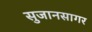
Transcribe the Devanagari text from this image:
सुजानसागर